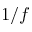
1 / f